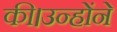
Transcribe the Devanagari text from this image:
की।उन्होंने